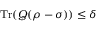
\operatorname { T r } ( Q ( \rho - \sigma ) ) \leq \delta